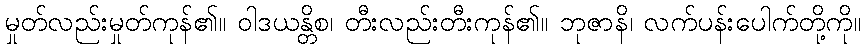
မှုတ်လည်းမှုတ်ကုန်၏။ ဝါဒယန္တိစ၊ တီးလည်းတီးကုန်၏။ ဘုဇာနိ၊ လက်ပန်းပေါက်တို့ကို။